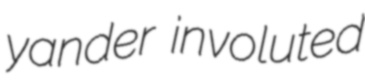
yander involuted